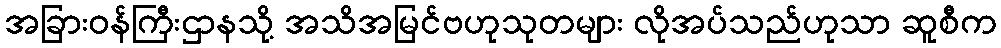
အခြားဝန်ကြီးဌာနသို့ အသိအမြင်ဗဟုသုတများ လိုအပ်သည်ဟုသာ ဆူစီက